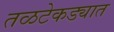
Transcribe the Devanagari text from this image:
तळटेकड्यात